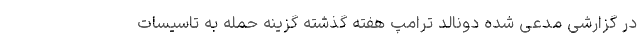
در گزارشی مدعی شده دونالد ترامپ هفته گذشته گزینه حمله به تاسیسات